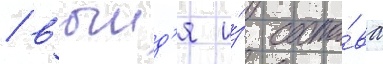
/ выид'я и́з соста́ва